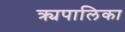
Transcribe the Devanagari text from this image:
क्र्यपालिका